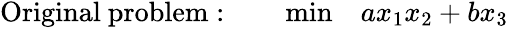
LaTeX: \begin{array}{rlr}{\mathrm{Original\ problem:\quad}}&{{}\operatorname*{min}}&{ax_{1}x_{2}+bx_{3}}\end{array}